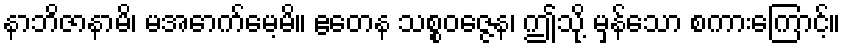
နာဘိဇာနာမိ၊ မအောက်မေ့မိ။ ဧတေန သစ္စဝဇ္ဇေန၊ ဤသို့ မှန်သော စကားကြောင့်။